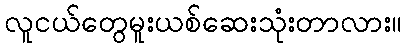
လူငယ်တွေမူးယစ်ဆေးသုံးတာလား။